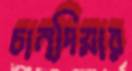
চান্দিয়ার